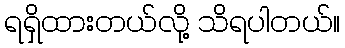
ရရှိထားတယ်လို့ သိရပါတယ်။